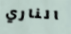
الناري